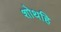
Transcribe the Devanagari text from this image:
शोथहि